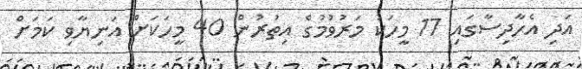
އަދި އެހާދިސާގައި 17 މީހަކު މަރުވުމުގެ އިތުރުން 40 މީހަކަށް އަނިޔާވި ކަމަށް